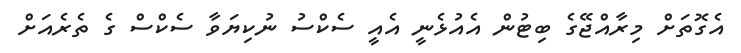
އެގޮތަށް މިރާއްޖޭގެ ބިޓުން އެއުޅެނީ އެއީ ސެކްސު ނުކިޔަވާ ސެކްސް ގެ ތެރެއަށް